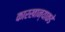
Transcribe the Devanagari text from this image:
कारखान्याकडे